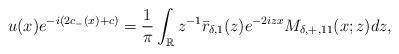
LaTeX: \begin{align*}\begin{aligned}u(x)e^{-i(2c_-(x)+c)}&=\frac{1}{\pi} \int_{\mathbb{R}} z^{-1}\bar{r}_{\delta,1}(z) e^{-2izx} M_{\delta,+,11}(x;z) dz,\end{aligned}\end{align*}